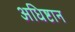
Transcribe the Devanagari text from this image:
अधिष्टान